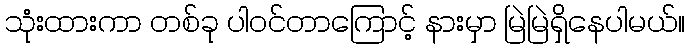
သုံးထားကာ တစ်ခု ပါဝင်တာကြောင့် နားမှာ မြဲမြဲရှိနေပါမယ်။